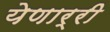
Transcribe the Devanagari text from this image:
येणार्‍री